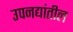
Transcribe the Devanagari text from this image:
उपनद्यांतील